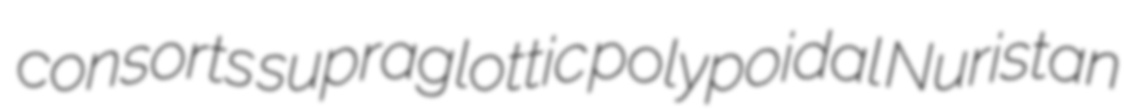
consorts supraglottic polypoidal Nuristan